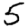
Digit: 5